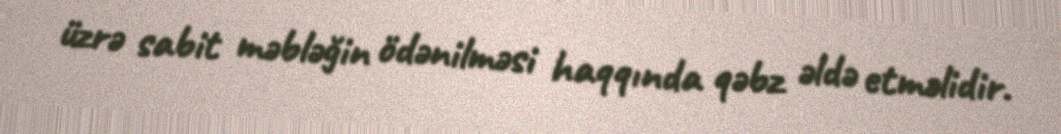
üzrə sabit məbləğin ödənilməsi haqqında qəbz əldə etməlidir.